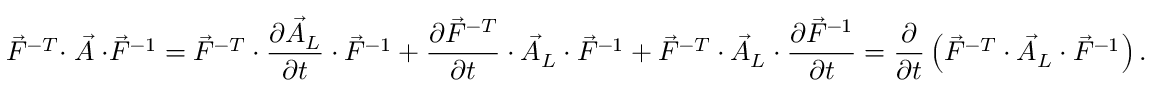
\vec { F } ^ { - T } \cdot \stackrel { \triangledown } { \vec { A } } \cdot \vec { F } ^ { - 1 } = \vec { F } ^ { - T } \cdot \frac { \partial \vec { A } _ { L } } { \partial t } \cdot \vec { F } ^ { - 1 } + \frac { \partial \vec { F } ^ { - T } } { \partial t } \cdot \vec { A } _ { L } \cdot \vec { F } ^ { - 1 } + \vec { F } ^ { - T } \cdot \vec { A } _ { L } \cdot \frac { \partial \vec { F } ^ { - 1 } } { \partial t } = \frac { \partial } { \partial t } \left( \vec { F } ^ { - T } \cdot \vec { A } _ { L } \cdot \vec { F } ^ { - 1 } \right) .